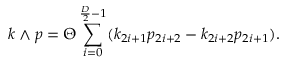
k \wedge p = \Theta \sum _ { i = 0 } ^ { \frac { D } { 2 } - 1 } ( k _ { 2 i + 1 } p _ { 2 i + 2 } - k _ { 2 i + 2 } p _ { 2 i + 1 } ) .